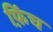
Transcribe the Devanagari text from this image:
फ़िंच